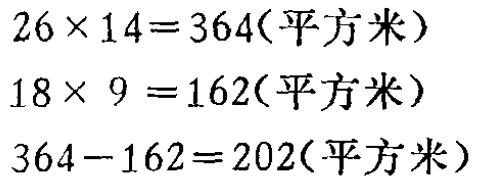
\[

\begin{align*}

26\times14&=364(\text{平方米})\\

18\times9&=162(\text{平方米})\\

364 - 162&=202(\text{平方米})

\end{align*}

\]